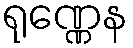
ရုဏ္ဏေန